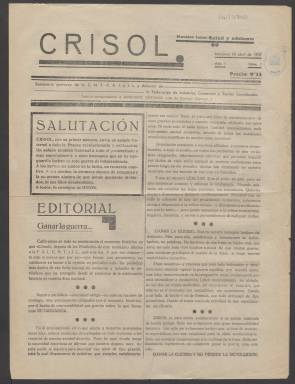
Título: Crisol (Monóvar)
Colección: Periódicos || Guerra civil
Ámbito geográfico: Alicante
Lugar de publicación: Monóvar [Alicante]
Fechas: 10/04/1937-06/08/1938